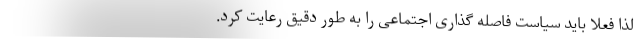
لذا فعلاً باید سیاست فاصله گذاری اجتماعی را به طور دقیق رعایت کرد.